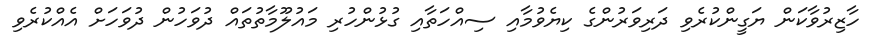
ހާޒިރުވާކަން ޔަގީންކުރެވި ދަރިވަރުންގެ ކިޔެވުމާއި ސިއްހަތާއި ގުޅުންހުރި މައުލޫމާތުތައް ދުވަހުން ދުވަހަށް އެއްކުރެވި